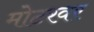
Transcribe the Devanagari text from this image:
मोटरवर